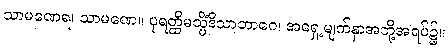
သာမဏေရ၊ သာမဏေ။ ပုရတ္ထိမသ္မိံဒိသာဘာဂေ၊ အရှေ့မျက်နှာအဘို့အရပ်၌။